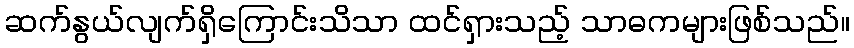
ဆက်နွယ်လျက်ရှိကြောင်းသိသာ ထင်ရှားသည့် သာဓကများဖြစ်သည်။